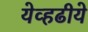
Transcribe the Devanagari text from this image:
येव्हढीये